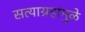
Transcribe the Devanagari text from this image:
सत्याग्रहांमुळे